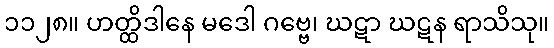
၁၁၂၈။ ဟတ္ထိဒါနေ မဒေါ ဂဗ္ဗေ၊ ဃဋာ ဃဋန ရာသိသု။